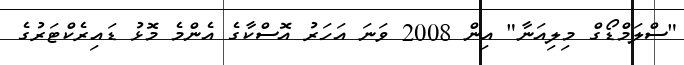
"ސްލަމްޑޯގް މިލިއަނާ" އިން 2008 ވަނަ އަހަރު އޮސްކާގެ އެންމެ މޮޅު ޑައިރެކްޓަރުގެ